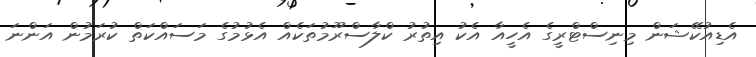
އެޑިއުކޭޝަން މިނިސްޓްރީގެ އެހީއާ އެކު އިތުރު ކްލާސްރޫމުތަކެއް އެޅުމުގެ މަސައްކަތް ކުރަމުން އަންނަ